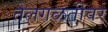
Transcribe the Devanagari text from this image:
तेलगळतीवर